Punjab Mental Hospital Lahore 1922-31 - 1922-1931
Year: 1922
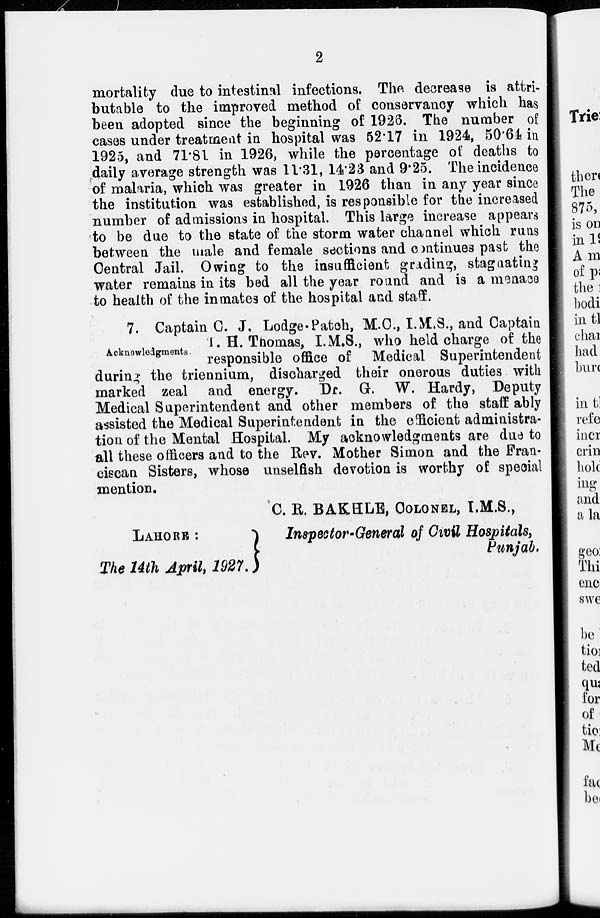
2
mortality due to intestinal infections. The decrease is attri-
butable to the improved method of conservancy which has
been adopted since the beginning of 1926. The number of
cases under treatment in hospital was 52.17 in 1924, 50.64 in
1925, and 71.81 in 1926, while the percentage of deaths to
daily average strength was 11.31, 14.23 and 9.25. The incidence
of malaria, which was greater in 1926 than in any year since
the institution was established, is responsible for the increased
number of admissions in hospital. This large increase appears
to be due to the state of the storm water channel which runs
between the male and female sections and continues past the
Central Jail. Owing to the insufficient grading, stagnating
water remains in its bed all the year round and is a menace
to health of the inmates of the hospital and staff.
Acknowledgments.
7. Captain C. J. Lodge-Patch, M.C., I.M.S., and Captain
1. H. Thomas, I.M.S., who held charge of the
responsible office of Medical Superintendent
during the triennium, discharged their onerous duties with
marked zeal and energy. Dr. G. W. Hardy, Deputy
Medical Superintendent and other members of the staff ably
assisted the Medical Superintendent in the efficient administra-
tion of the Mental Hospital. My acknowledgments are due to
all these officers and to the Rev. Mother Simon and the Fran-
ciscan Sisters, whose unselfish devotion is worthy of special
mention.
C. R. BAKHLE, COLONEL, I.M.S.,
LAHORE :
Inspector-General of Civil Hospitals,
Punjab.
The 14th April, 1927.